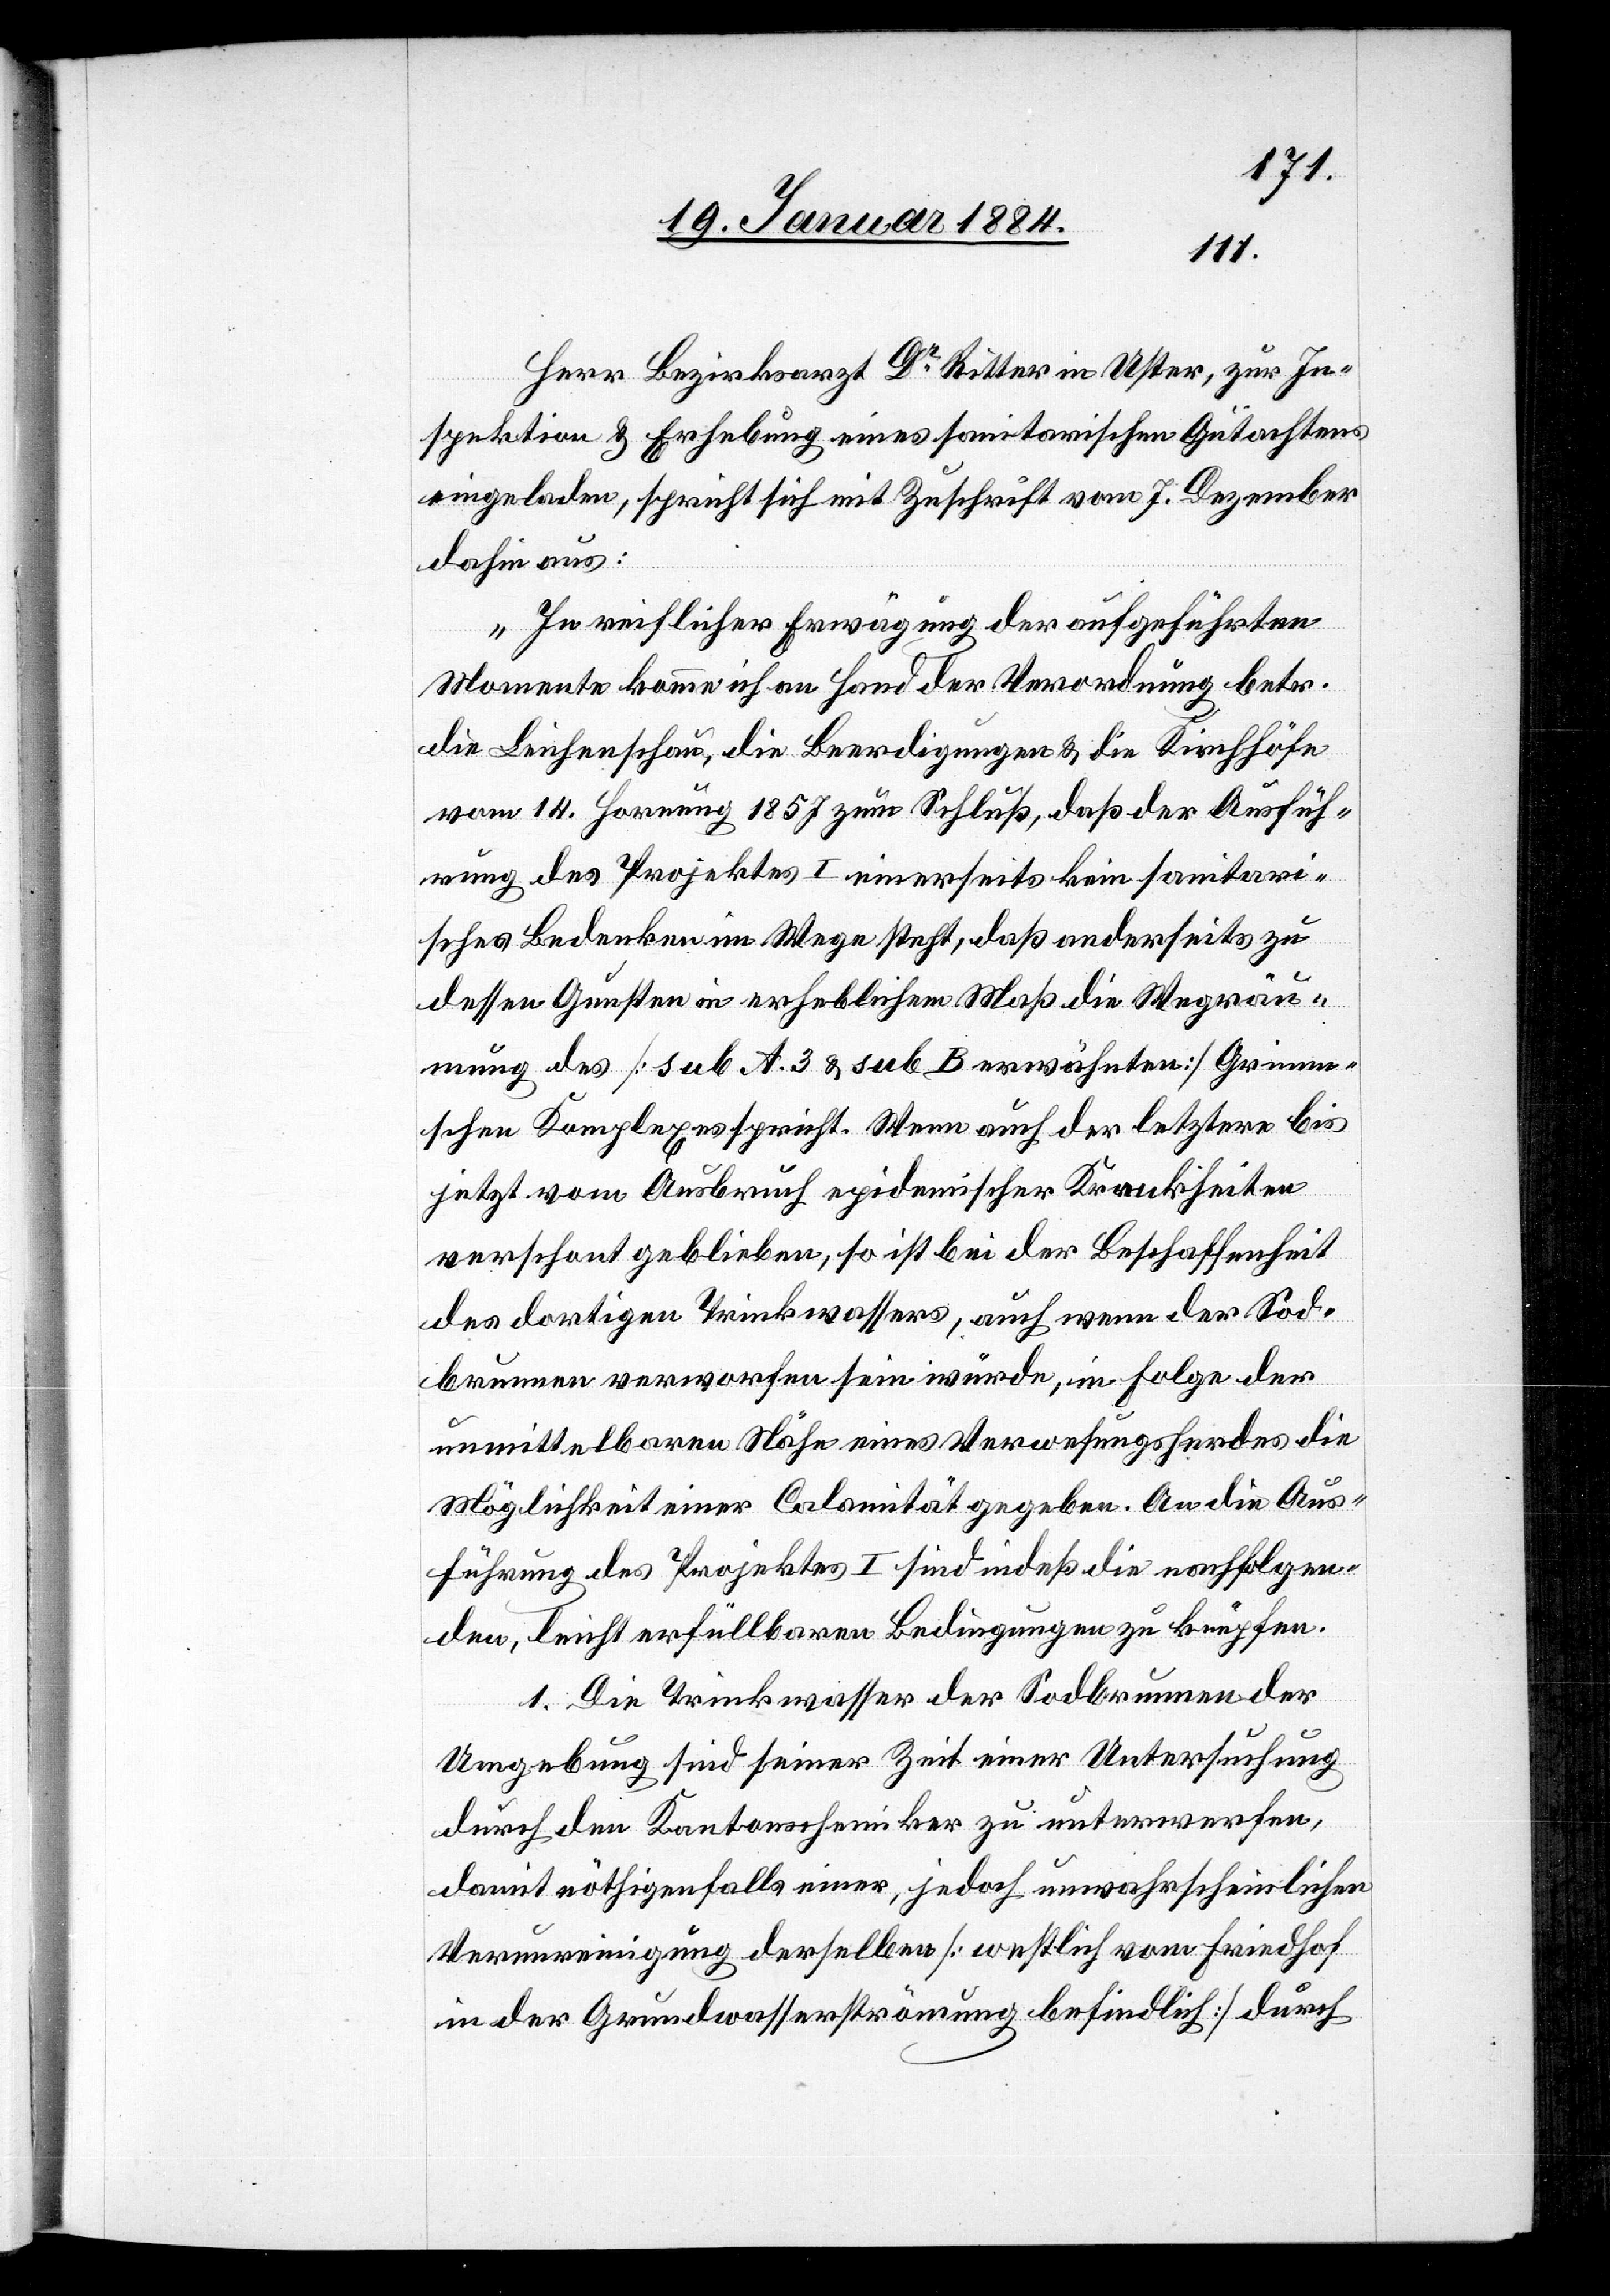
Herr Bezirksarzt Dr Ritter in Uster, zur In¬
spektion & Erhebung eines sanitarischen Gutachtens
eingeladen, spricht sich mit Zuschrift vom 7. Dezember
dahin aus:
„In reiflicher Erwägung der aufgeführten
Momente komme ich an Hand der Verordnung betr.
die Leichenschau, die Beerdigungen & die Kirchhöfe
vom 14. Hornung 1857 zum Schluß, daß der Ausfüh¬
rung des Projektes I einerseits kein sanitari¬
sches Bedenken im Wege steht, daß anderseits zu
dessen Gunsten in erheblichem Maß die Wegräu¬
mung des [sub A. 3 & sub B erwähnten] Grimm¬
schen Komplexes spricht. Wenn auch der letztere bis
jetzt vom Ausbruch epidemischer Krankheiten
verschont geblieben, so ist bei der Beschaffenheit
des dortigen Trinkwassers, auch wenn der Sod¬
brunnen verworfen sein würde, in Folge der
unmittelbaren Nähe eines Verwesungsherdes die
Möglichkeit einer Calamität gegeben. An die Aus¬
führung des Projektes I sind indeß die nachfolgen¬
den, leicht erfüllbaren Bedingungen zu knüpfen.
1. Die Trinkwasser der Sodbrunnen der
Umgebung sind seiner Zeit einer Untersuchung
durch den Kantonschemiker zu unterwerfen,
damit nöthigenfalls einer, jedoch unwahrscheinlichen
Verunreinigung derselben [westlich vom Friedhof
in der Grundwasserströmung befindlich] durch